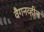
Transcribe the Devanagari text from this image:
वैगनव्हील